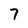
Character: 7